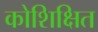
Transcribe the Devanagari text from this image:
कोशिक्षित